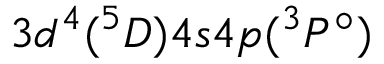
3 d ^ { 4 } ( ^ { 5 } D ) 4 s 4 p ( ^ { 3 } P ^ { \circ } )